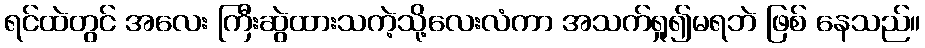
ရင်ထဲတွင် အလေး ကြီးဆွဲထားသကဲ့သို့လေးလံကာ အသက်ရှု၍မရဘဲ ဖြစ် နေသည်။